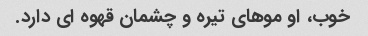
خوب، او موهای تیره و چشمان قهوه ای دارد.